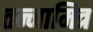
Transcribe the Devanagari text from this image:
तन्नामित्र